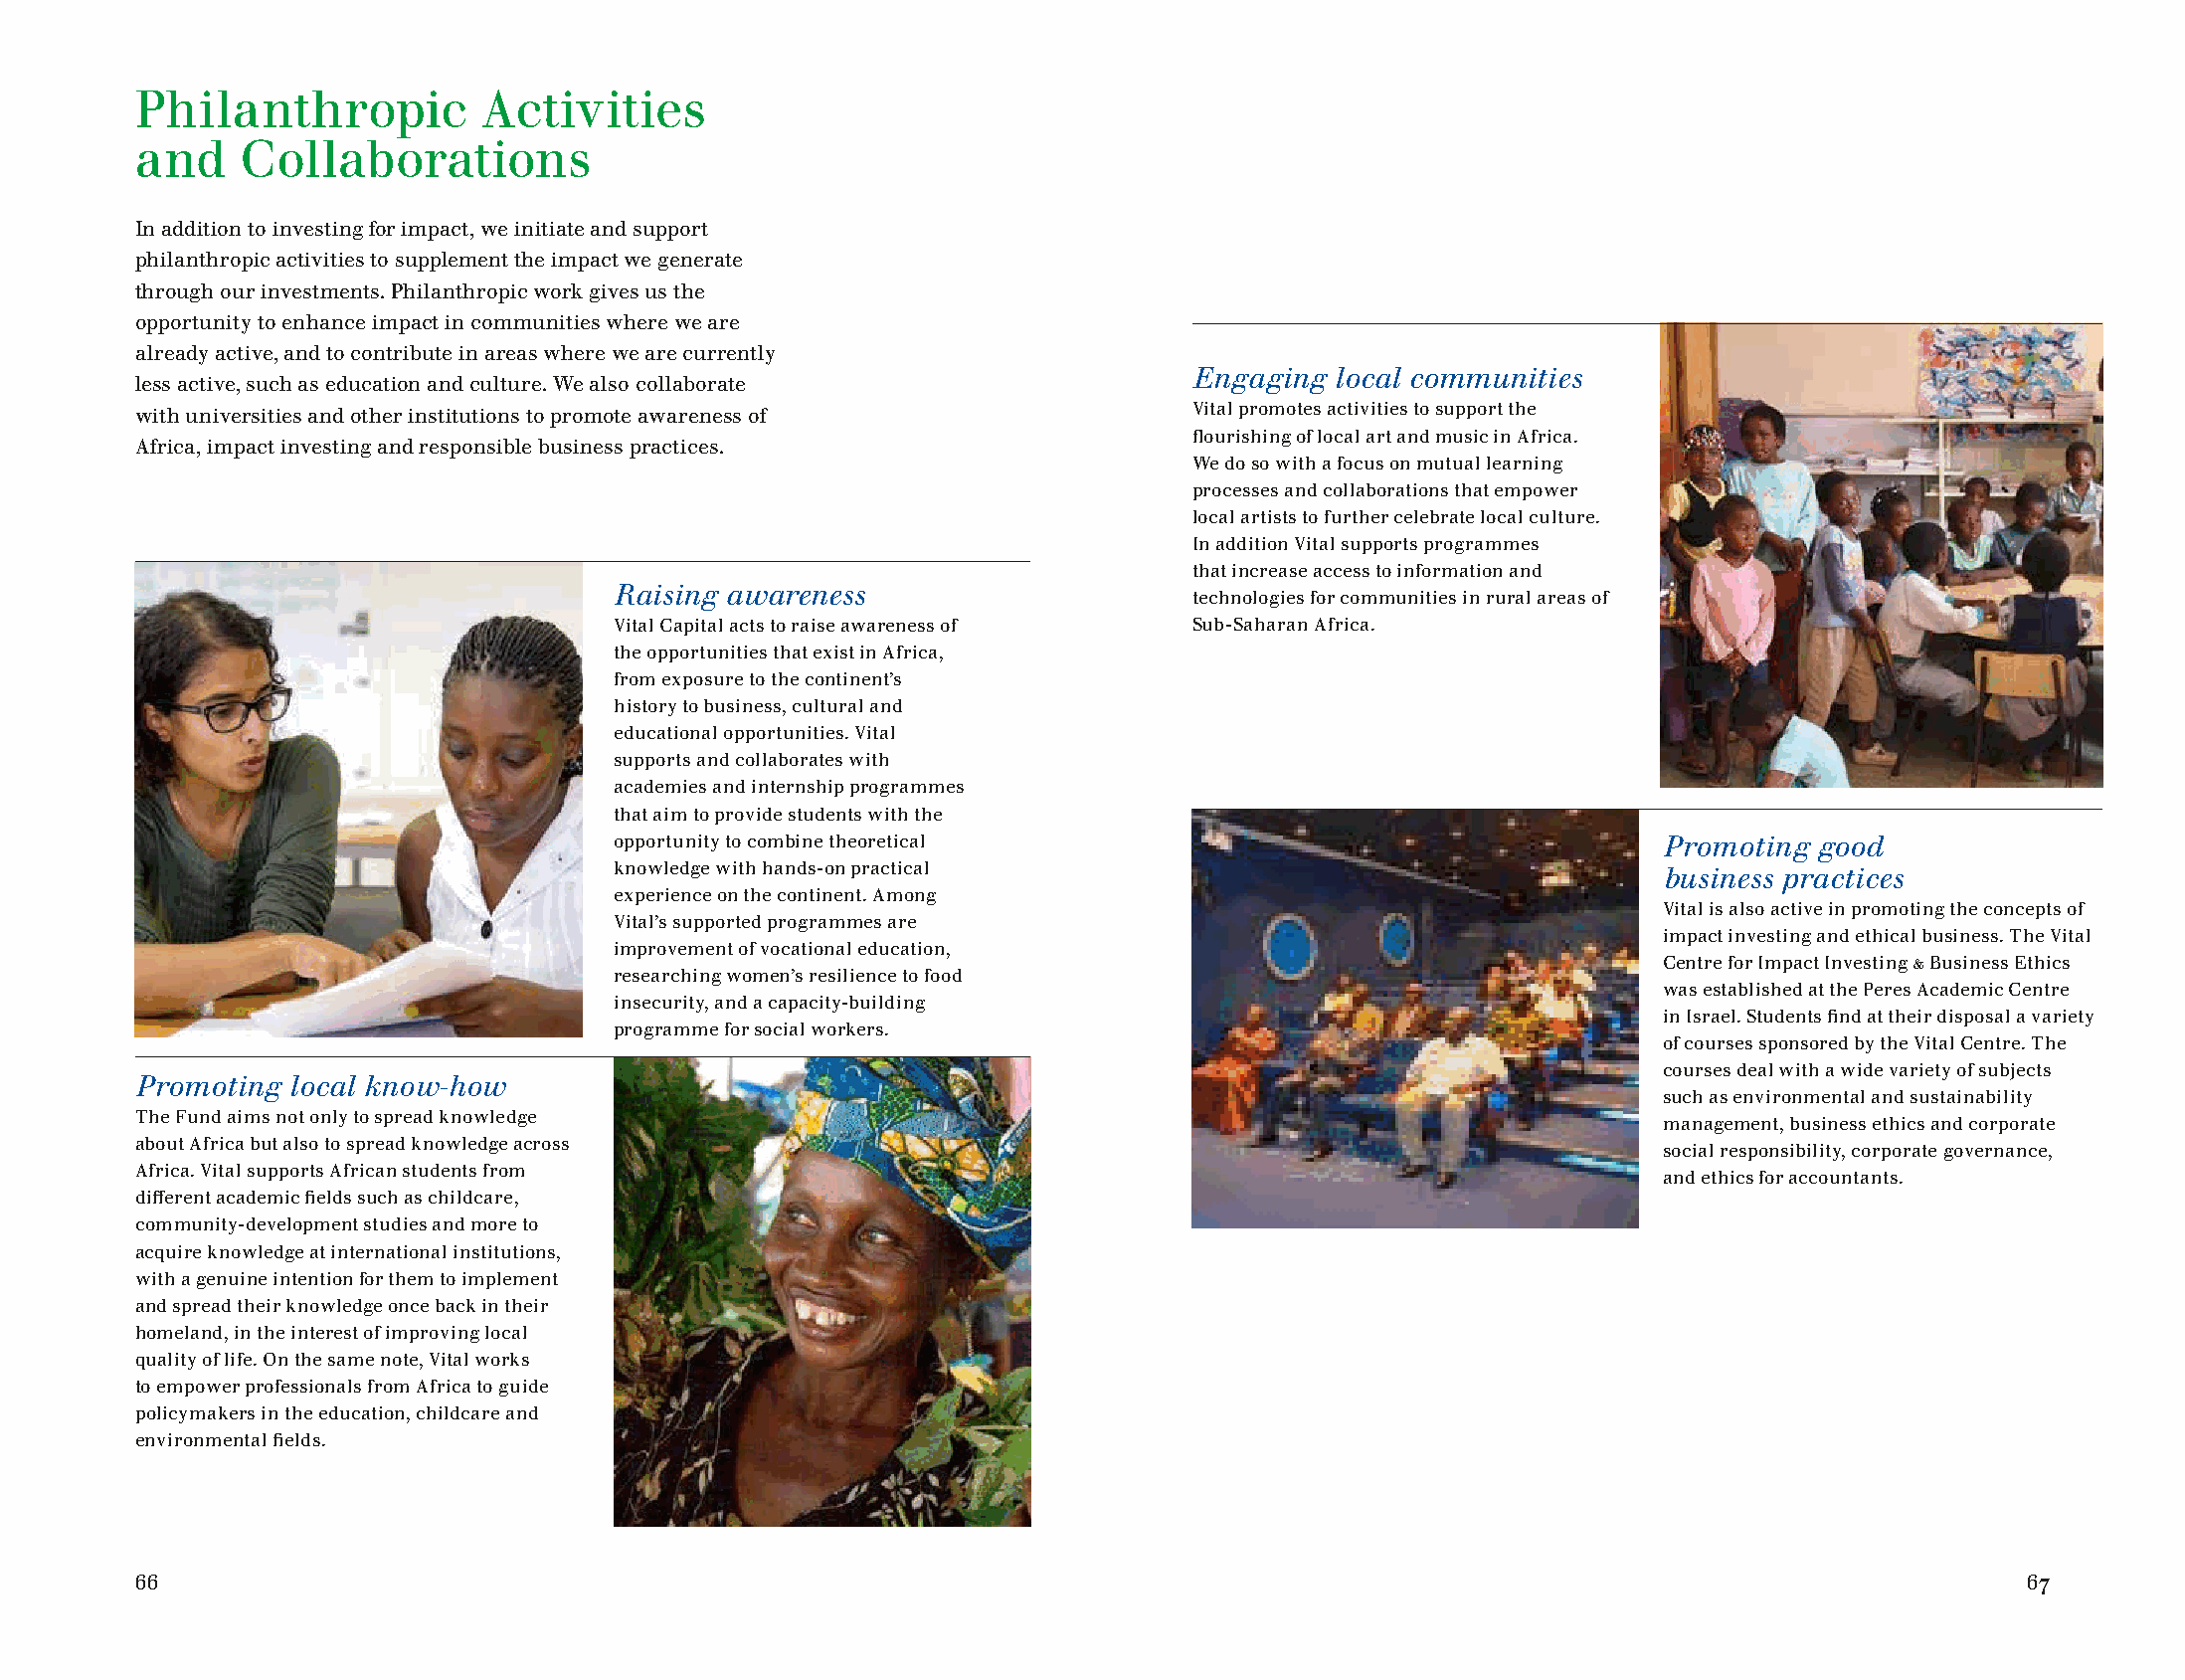
Philanthropic          Activities
 and    Collaborations
 In addition to investing for impact, we initiate and support
 philanthropic activities to supplement the impact we generate
 through our investments. Philanthropic work gives us the
 opportunity to enhance impact in communities where we are
 already active, and to contribute in areas where we are currently
 Engaging  local communities
 less active, such as education and culture. We also collaborate
 with universities and other institutions to promote awareness of      Vital promotes activities to support the
 flourishing of local art and music in Africa.
 Africa, impact investing and responsible business practices.
 We do so with a focus on mutual learning
 processes and collaborations that empower
 local artists to further celebrate local culture.
 In addition Vital supports programmes
 that increase access to information and
 Raising awareness
 technologies for communities in rural areas of
 Vital Capital acts to raise awareness of Sub-Saharan Africa.
 the opportunities that exist in Africa,
 from exposure to the continent’s
 history to business, cultural and
 educational opportunities. Vital
 supports and collaborates with
 academies and internship programmes
 that aim to provide students with the
 opportunity to combine theoretical                                    Promoting good
 knowledge with hands-on practical                                     business practices
 experience on the continent. Among
 Vital is also active in promoting the concepts of
 Vital’s supported programmes are
 impact investing and ethical business. The Vital
 improvement of vocational education,
 Centre for Impact Investing & Business Ethics
 researching women’s resilience to food
 was established at the Peres Academic Centre
 insecurity, and a capacity-building
 in Israel. Students find at their disposal a variety
 programme for social workers.
 of courses sponsored by the Vital Centre. The
 courses deal with a wide variety of subjects
 Promoting local know-how
 such as environmental and sustainability
 The Fund aims not only to spread knowledge
 management, business ethics and corporate
 about Africa but also to spread knowledge across
 social responsibility, corporate governance,
 Africa. Vital supports African students from
 and ethics for accountants.
 different academic fields such as childcare,
 community-development studies and more to
 acquire knowledge at international institutions,
 with a genuine intention for them to implement
 and spread their knowledge once back in their
 homeland, in the interest of improving local
 quality of life. On the same note, Vital works
 to empower professionals from Africa to guide
 policymakers in the education, childcare and
 environmental fields.
 66                                                                                                                            67